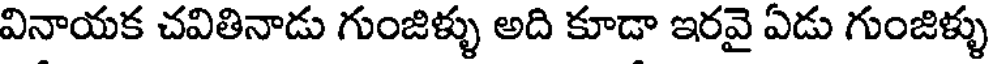
వినాయక చవితినాడు గుంజిళ్ళు అది కూడా ఇరవై ఏడు గుంజిళ్ళు